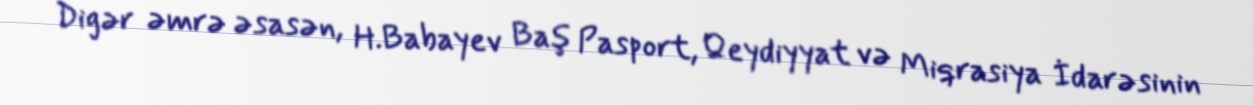
Digər əmrə əsasən, H.Babayev Baş Pasport, Qeydiyyat və Miqrasiya İdarəsinin